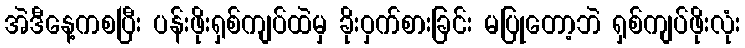
အဲဒီနေ့ကစပြီး ပန်းဖိုးရှစ်ကျပ်ထဲမှ ခိုးဝှက်စားခြင်း မပြုတော့ဘဲ ရှစ်ကျပ်ဖိုးလုံး